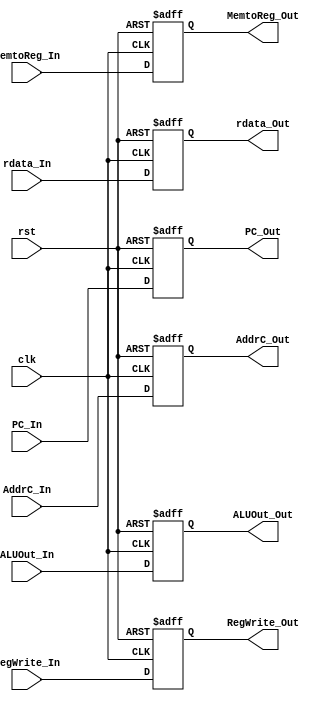
/*
Filename : MEM2WB.v
Compiler : Quartus II
Description : MEM to WB register
INPUT : clk, rst, EN, all active high
        [31:0] PC_In, ALUOut_In, rdata_In, 
        [4:0] AddrC_In, 
        [1:0] MemtoReg_In, 
OUTPUT : RegWrite_Out
        [31:0] PC_Out, ALUOut_Out, rdata_Out, 
        [4:0] AddrC_Out, 
        [1:0] MemtoReg_Out, 
Author : Yeoman Zhuang
Release : *
*/

module MEM2WB(
    input clk, rst,
    input RegWrite_In, 
    input [31:0] PC_In, ALUOut_In, rdata_In, 
    input [4:0] AddrC_In, 
    input [1:0] MemtoReg_In, 
    output reg RegWrite_Out, 
    output reg [31:0] PC_Out, ALUOut_Out, rdata_Out, 
    output reg [4:0] AddrC_Out, 
    output reg [1:0] MemtoReg_Out
);

    always @(posedge clk or posedge rst) begin
        if (rst) begin
            // reset
            RegWrite_Out <= 0;
            PC_Out <= 0;
            ALUOut_Out <= 0;
            AddrC_Out <= 0;
            MemtoReg_Out <= 0;
            rdata_Out <= 0;
        end else begin
            RegWrite_Out <= RegWrite_In;
            PC_Out <= PC_In;
            ALUOut_Out <= ALUOut_In;
            AddrC_Out <= AddrC_In;
            MemtoReg_Out <= MemtoReg_In;
            rdata_Out <= rdata_In;
        end
    end

endmodule